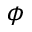
\phi